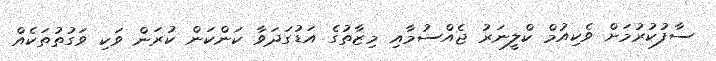
ސާފުކުރުމަށް ވެކިއުމް ކްލީނަރު ޖެއްސުމާއި މިޒާތުގެ އަޑުގަދަވާ ކަންކަން ކުރަން ވަކި ވަގުތުތަކެއް